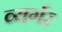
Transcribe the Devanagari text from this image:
व्यर्गर